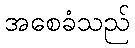
အစေခံသည်